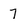
Character: 7